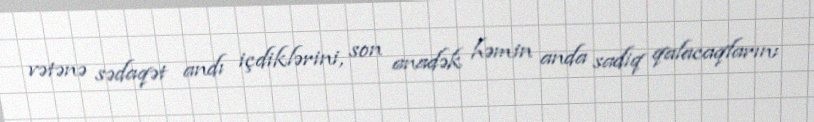
vətənə sədaqət andı içdiklərini, son anadək həmin anda sadiq qalacaqlarını